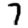
Digit: 7